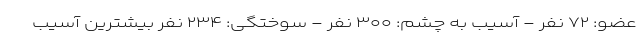
عضو: ۷۲ نفر - آسیب به چشم: ۳۰۰ نفر - سوختگی: ۲۳۴ نفر بیشترین آسیب